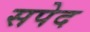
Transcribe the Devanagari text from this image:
सपेद